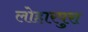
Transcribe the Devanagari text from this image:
लोहारपुरा